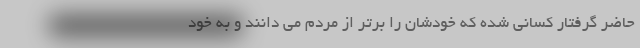
حاضر گرفتار کسانی شده که خودشان را برتر از مردم می دانند و به خود